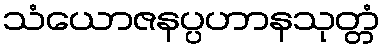
သံယောဇနပ္ပဟာနသုတ္တံ